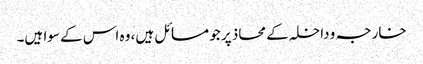
خارجہ و داخلہ کے محاذ پر جو مسائل ہیں، وہ اس کے سوا ہیں۔